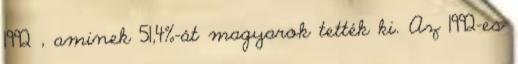
1992 , aminek 51,4%-át magyarok tették ki. Az 1992-es